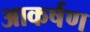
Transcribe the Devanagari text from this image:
आकर्षण्‍ा